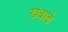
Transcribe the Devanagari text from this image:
खंबाळे